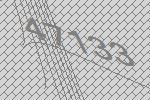
47133